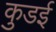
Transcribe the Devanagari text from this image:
कुडई